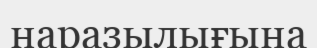
наразылығына